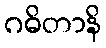
ဂဓိတာနိ